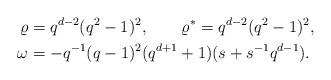
LaTeX: \begin{align*}\varrho &= q^{d-2}(q^2-1)^2, \qquad \varrho^* = q^{d-2}(q^2-1)^2,\\\omega &= - q^{-1} (q-1)^2 (q^{d+1}+1) (s+s^{-1}q^{d-1}).\end{align*}